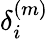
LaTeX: \delta_{i}^{(m)}